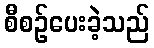
စီစဉ်ပေးခဲ့သည်